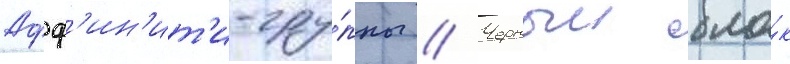
Афф'ин'ит'и-гру́ппы // Черныи бло́к